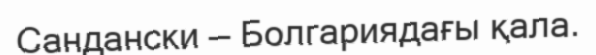
Сандански — Болгариядағы қала.